Vaccination in Burma 1912-1922 - 1912-1922
Year: 1912
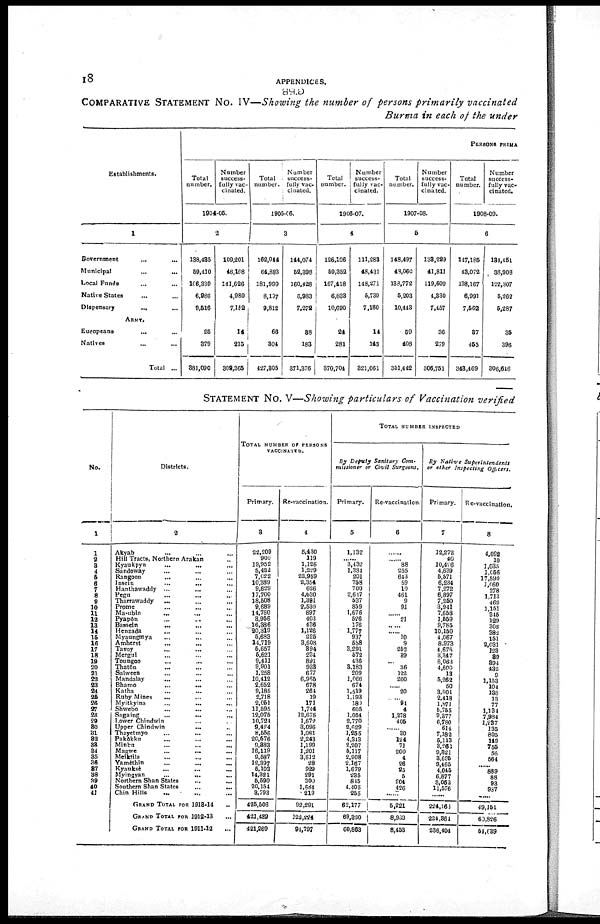
18
APPENDICES.
COMPARATIVE STATEMENT No. IV—Showing the number of persons primarily vaccinated
Burma in each of the under
Establishments.
1
Government ... ... ...
Municipal... ...
Local Funds... ...
Native States... ...
Dispensary...
...
ARMY.
Europeans... ...
Natives... ...
Total ... ...
PERSONS PRIMA
Total
number.
Number
success-
fully vac-
vinated.
1904-05.
2
138,435
59,410
106,339
6,986
9,616
25
379
381,090
109,201
46,168
141,626
4,989
7,152
14
215
309,365
Total
number.
Number
success-
fully vac-
cinated.
1905-06.
3
162,044
64,883
181,999
8,197
9,812
66
304
427,305
144,074
52,398
160,428
5,983
7,272
38
183
371,376
Total
number.
Number
success-
fully vac-
cinated.
1906-07.
4
126,106
59,352
167,418
6,833
10,690
24
281
370,704
111,283
48,431
148,271
5,739
7,180
14
143
321,061
Total
number.
Number
success-
fully vac-
cinated.
1907-08.
5
148,497
48,060
138,772
5,203
10,443
59
408
351,442
138,229
41,811
119,609
4,330
7,457
36
279
306,751
Total
number.
Number
success-
fully vac-
cinated.
1908-09.
6
147,185
43,072
138,167
6,991
7,562
37
455
343,469
134,451
83,908
122,307
5,262
5,287
35
396
306,646
STATEMENT No. V—Showing particulars of Vaccination verified
No.
1
1
2
3
4
5
6
7
8
9
10
11
12
13
14
15
16
17
18
19
20
21
22
23
24
25
26
27
28
29
30
31
32
33
34
35
36
37
38
39
40
41
Districts.
2
Akyab... ...
Hill Tracts, Northern Arakan... ...
Kyaukpyu... ... ...
Sandoway... ...
Rangoon... ...
Insein...
...
Hanthawaddy ... ... ...
Pegu... ...
Tharrawaddy... ...
Prome... ...
Ma-ubin...
...
...
Pyapôn... ... ...
Bassein... ... ...
Henzada... ... ...
Myaungmya... ... ...
Amherst... ... ...
Taroy ... ... ...
Mergui... ...
Toungoo...
...
...
Thatôn... ... ...
Salween... ...
Mandalay... ... ...
Bhamo...
...
...
Katha... ...
Ruby Mines
...
...
Myitkyina...
...
Shwebo... ... ...
Sagaing
...
...
...
Lower Chindwin... ... ...
Upper Chindwin ... ... ...
Thayetmyo... ... ...
Pakôkku... ... ...
Minbu... ... ...
Magwe...
...
...
Meiktila... ... ...
Yamèthin... ... ...
Kyauksè... ... ...
Myingyan...
...
...
Northern Shan States...
Southern Shan
States...
Chin Hills... ...
GRAND TOTAL FOR 1913-14
GRAND TOTAL FOR 1912-13
GRAND TOTAL FOR 1911-12
TOTAL NUMBER OF PERSONS
VACClNATED.
Primary.
3
22,209
900
19,952
5,422
7,022
10,389
9,629
17,700
18,508
9,689
14,760
8,966
16,386
20,319
5,683
14,719
5,657
5,621
9,411
9,901
1,258
10,412
2,652
9,185
2,718
2,051
11,595
12,075
10,721
9,424
8,556
20,576
9,383
16,119
9,587
12,897
5,103
14,321
5,590
20,154
3,793
425,506
421,489
421,269
Re-vaccination.
4
5,430
119
1,128
1,229
22,969
2,354
626
4+630
1,391
2,530
897
403
436
1,126
225
3,608
894
234
891
933
677
6,966
678
264
19
171
1,744
12,675
1,672
3,096
1,081
2,243
1,199
1,201
3,612
28
929
291
300
1,684
219
92,291
122,224
91,797
TOTAL NUMBER INSPECTED
By Deputy Sanitary Com-
missioner or Civil Surgeons.
Primary.
5
1,132
...... 3,432
1,384
201
758
700
2,617
537
859
1,676
526
176
1,777
937
588
3,291
572
436
8,183
209
1,066
674
1,519
1,193
180
605
1,054
2,770
3,629
1,255
4,313
2,207
5,117
2,908
2,157
1,679
235
845
4,405
255
62,177
69,330
60,863
Re-vaccination.
6
......
......
88
255
643
59
10
461
9
91
......
21
......
10
9
252
39
... 36
122
200
......
20
... 91
4
1,278
405
...
30
124
71
200
4
26
25
5
204
426
......
5,221
8,933
8,453
By Native Superintendents
or other Inspecting Officers.
Primary.
7
12,272
40
10,426
4,639
6,571
6,234
7,272
6,897
7,250
3,941
7,658
1,559
9,785
10,150
4,067
8,973
4,676
3,347
6,068
4,600
13
5,262
50
3,004
2,418
1,871
5,755
9,377
6,780
614
7,182
5,113
3,263
9,821
3,695
9,465
4,045
6,877
3,062
11,576
......
224,163
224,364
236,404
Re-vaccination.
8
4,092
10
1,035
1,056
17,590
1,060
278
1,713
462
1,151
316
129
308
382
151
2,031
123
89
894
432
9
1,153
104
138
13
77
1,131
7,984
1,237
135
805
149
755
56
664
......
889
88
93
937
......
49,151
63,826
54,639